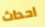
احداث